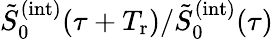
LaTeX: \tilde{S}_{0}^{(\mathrm{int})}(\tau+T_{\mathrm{r}})/\tilde{S}_{0}^{(\mathrm{int})}(\tau)